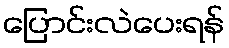
ပြောင်းလဲပေးရန်